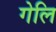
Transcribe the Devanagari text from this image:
गेलि